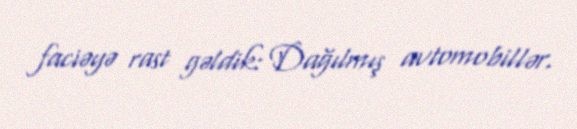
faciəyə rast gəldik: Dağılmış avtomobillər.